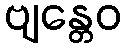
ဗျန္တေဝ